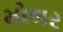
મોલર